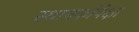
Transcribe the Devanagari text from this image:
स्थानकांपेक्षा